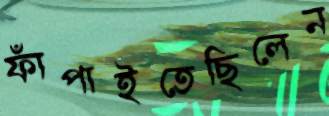
ফাঁপাইতেছিলেন